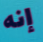
إنه